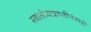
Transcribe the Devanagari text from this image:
स्वातंत्र्यप्राप्तीनंतरही